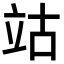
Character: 𥩪